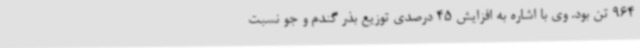
964 تن بود. وی با اشاره به افزایش 45 درصدی توزیع بذر گندم و جو نسبت